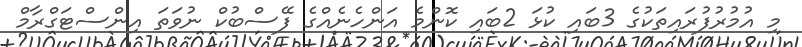
މި އުމުރުފުރައިތަކުގެ 3ބައި ކުޅަ 2ބައި ކޮންމެ އަންހެނެއްގެ ފޭސްބުކް ނުވަތަ އިންސްޓަގްރާމް